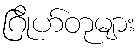
ဂြိုဟ်တုများ